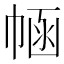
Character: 𢃗